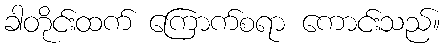
ခါတိုင်းထက် ကြောက်စရာ ကောင်းသည်။